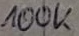
Text: 100K